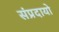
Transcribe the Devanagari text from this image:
संप्रदायो